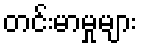
တင်းမာမှုများ